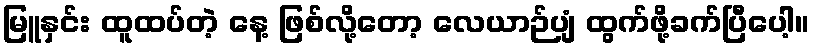
မြူနှင်း ထူထပ်တဲ့ နေ့ ဖြစ်လို့တော့ လေယာဉ်ပျံ ထွက်ဖို့ခက်ပြီပေါ့။